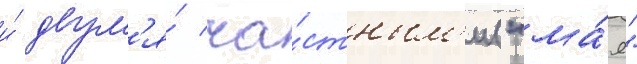
и́ двум'я́ ча́стным'и ("ма́я"